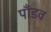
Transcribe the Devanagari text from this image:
पाँडव